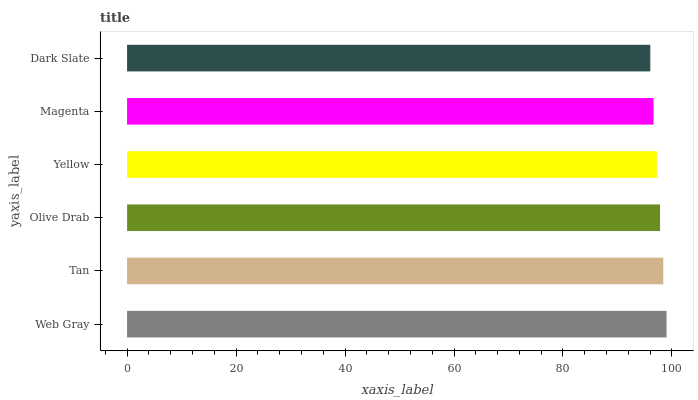
| yaxis_label | bars |
 | --- | --- |
 | Web Gray | 99 |
 | Tan | 98.4 |
 | Olive Drab | 97.8 |
 | Yellow | 97.2 |
 | Magenta | 96.6 |
 | Dark Slate | 96 |